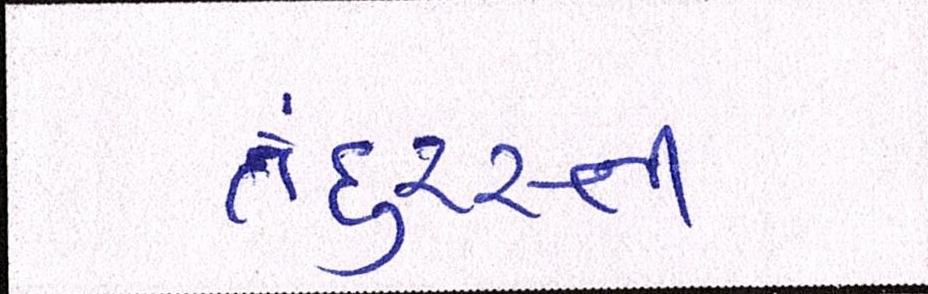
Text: તંદુરસ્તી